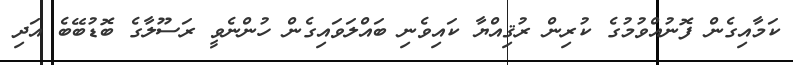
ކަމާއިގެން ފޮނުއްވުމުގެ ކުރިން ރުޤިއްޔާ ކައިވެނި ބައްލަވައިގެން ހުންނެވީ ރަސޫލާގެ ބޮޑުބޭބެ އަދި